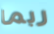
ربما